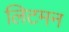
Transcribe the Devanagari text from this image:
लिटमन